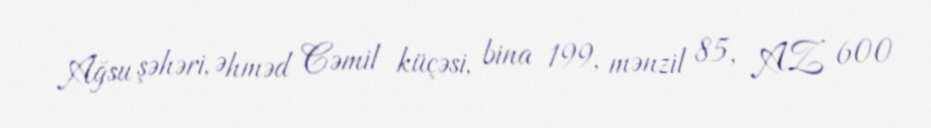
Ağsu şəhəri, Əhməd Cəmil küçəsi, bina 199, mənzil 85, AZ 600